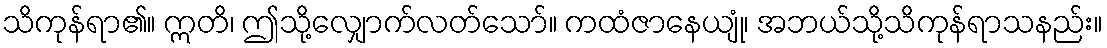
သိကုန်ရာ၏။ ဣတိ၊ ဤသို့လျှောက်လတ်သော်။ ကထံဇာနေယျုံ၊ အဘယ်သို့သိကုန်ရာသနည်း။